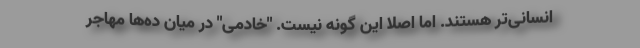
انسانی‌تر هستند. اما اصلا این گونه نیست. "خادمی" در میان ده‌ها مهاجر